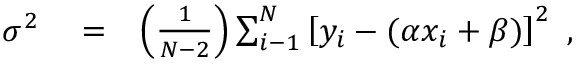
\begin{array} { r l r } { \sigma ^ { 2 } } & { { } = } & { \left( { \frac { 1 } { \/ N - 2 } } \right) \sum _ { i - 1 } ^ { N } \left[ \/ y _ { i } - ( \alpha \/ x _ { i } + \beta ) \right] ^ { 2 } \ , } \end{array}